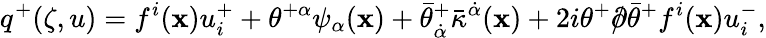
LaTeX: q^{+}(\zeta,u)=f^{i}(\mathbf{x})u_{i}^{+}+\theta^{+\alpha}\psi_{\alpha}(\mathbf{x})+\bar{{\theta}}_{\dot{{\alpha}}}^{+}\bar{{\kappa}}^{\dot{{\alpha}}}(\mathbf{x})+2i\theta^{+}/\! \! \! \partial\bar{{\theta}}^{+}f^{i}(\mathbf{x})u_{i}^{-},